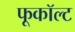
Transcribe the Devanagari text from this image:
फूकॉल्ट